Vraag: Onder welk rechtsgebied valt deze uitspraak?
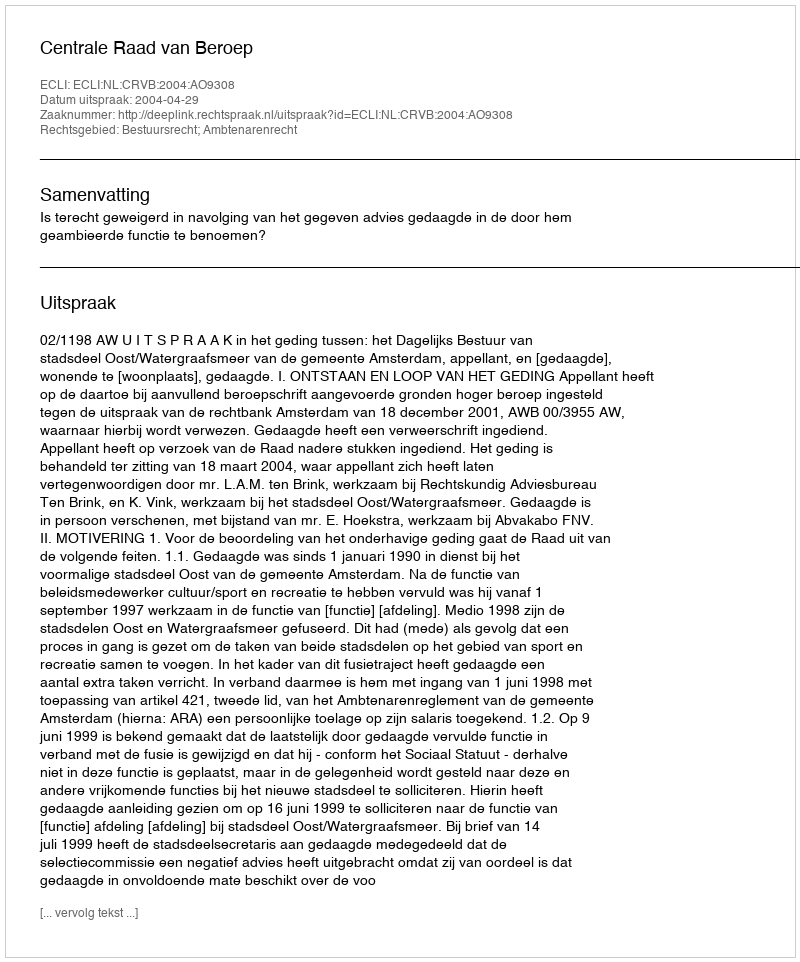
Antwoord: Bestuursrecht; Ambtenarenrecht